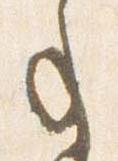
事